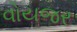
વોયજર